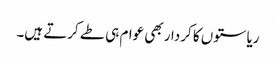
ریاستوں کا کردار بھی عوام ہی طے کرتے ہیں۔